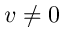
v \neq 0